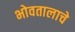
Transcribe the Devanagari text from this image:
भोवतालाचे